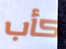
كأب